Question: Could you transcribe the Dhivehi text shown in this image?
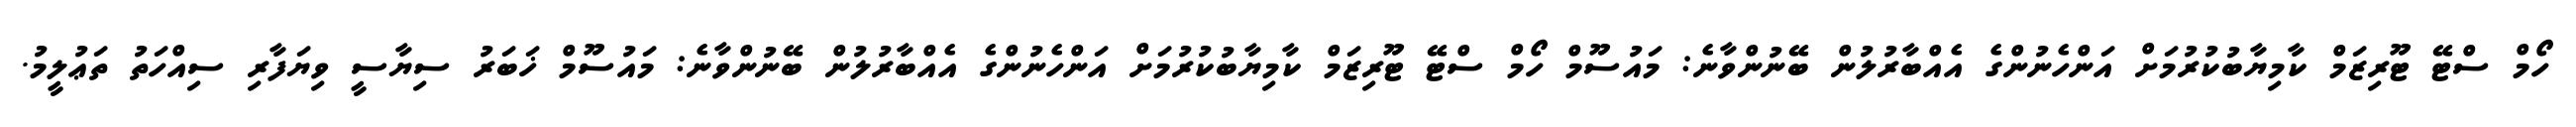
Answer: ހޯމް ސްޓޭ ޓޫރިޒަމް ކާމިޔާބުކުރުމަށް އަންހެނުންގެ އެއްބާރުލުން ބޭނުންވާނެ: މައުސޫމް ހޯމް ސްޓޭ ޓޫރިޒަމް ކާމިޔާބުކުރުމަށް އަންހެނުންގެ އެއްބާރުލުން ބޭނުންވާނެ: މައުސޫމް ޚަބަރު ސިޔާސީ ވިޔަފާރި ސިއްހަތު ތަޢުލީމު.